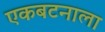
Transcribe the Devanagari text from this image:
एकबटनाला